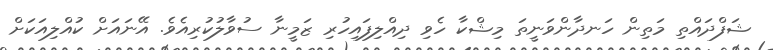
ޝަފްދައްތި މަތިން ހަނދާންވަނީތަ މިޝްކާ ހެވި ދިއްލިފައިހުރި ޒަމީނާ ސުވާލުކުރިއެވެ. އޭނައަށް ކުއްލިއަކަށް